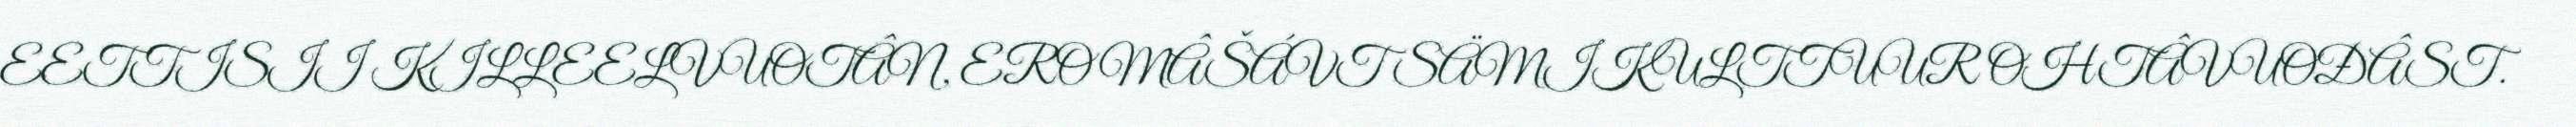
EETTISII KILLEELVUOTÂN, EROMÂŠÁVT SÄMIKULTTUUR OHTÂVUOĐÂST.